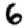
Digit: 6